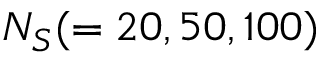
N _ { S } ( = 2 0 , 5 0 , 1 0 0 )